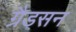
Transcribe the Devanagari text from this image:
ग्रैडसन